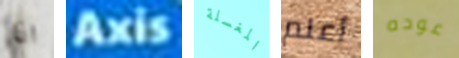
اذا Axis المغسلة أعلم عوده